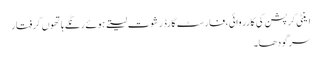
اینٹی کرپشن کی کارروائی،فارسٹ گارڈ رشوت لیتے ہوئے رنگے ہاتھوں گرفتار
سرگودھا۔